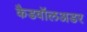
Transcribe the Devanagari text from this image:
कैडवॉलअडर